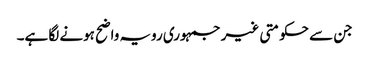
جن سے حکومتی غیر جمہوری رویہ واضح ہونے لگا ہے۔